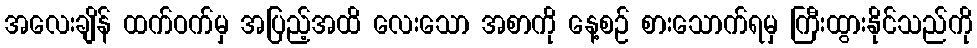
အလေးချိန် ထက်ဝက်မှ အပြည့်အထိ လေးသော အစာကို နေ့စဉ် စားသောက်ရမှ ကြီးထွားနိုင်သည်ကို